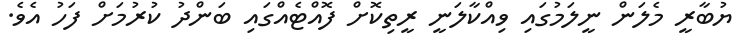
ޔުބާރީ މެލަން ނީލަމުގައި ވިއްކާލަނީ ރީތިކޮށް ފޮއްޓެއްގައި ބަންދު ކުރުމަށް ފަހު އެވެ.